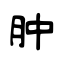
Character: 肿